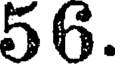
56.